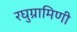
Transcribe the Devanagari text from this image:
रघुग्रामिणी